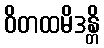
ဝိတထမိဒန္တိ